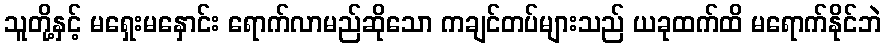
သူတို့နှင့် မရှေးမနှောင်း ရောက်လာမည်ဆိုသော ကချင်တပ်များသည် ယခုထက်ထိ မရောက်နိုင်ဘဲ